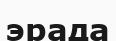
эрада